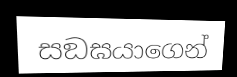
සඞඝයාගෙන්